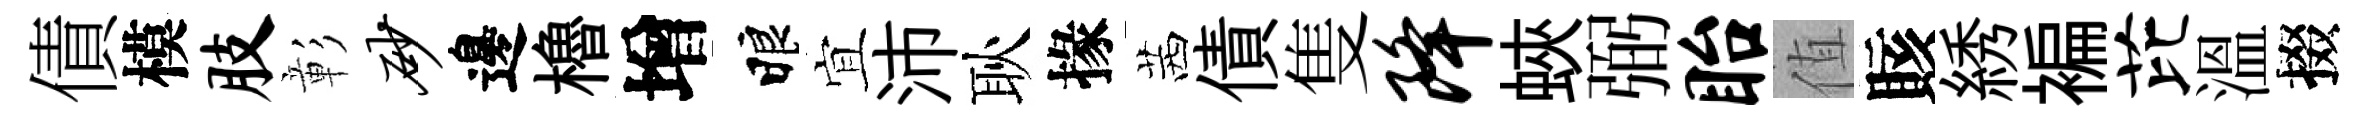
債模肢彰砂邊櫓增睱宜沛耿掾茜債隻降蛺弼眙值賅綉褊芘溫掇